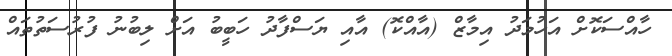
ހާއްސަކޮށް އަހުމަދު އިމާޒް (އާއްކޮ) އާއި ޔަސްފާދު ހަބީބު އަށް ލިބުނު ފުރުސަތުތައް